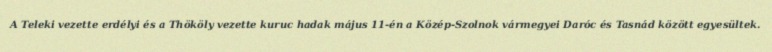
A Teleki vezette erdélyi és a Thököly vezette kuruc hadak május 11-én a Közép-Szolnok vármegyei Daróc és Tasnád között egyesültek.